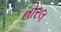
તોરલ